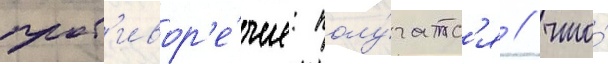
прот'ивор'е́чие: полу́чатс'я / что́